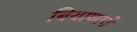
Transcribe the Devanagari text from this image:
बियाणाचे